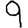
Digit: 9